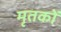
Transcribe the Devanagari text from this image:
मृतकोें